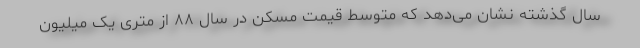
سال گذشته نشان می‌دهد که متوسط قیمت مسکن در سال ۸۸ از متری یک میلیون